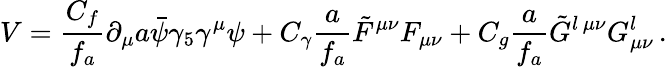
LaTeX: V=\frac{C_{f}}{f_{a}}\partial_{\mu}a\bar{\psi}\gamma_{5}\gamma^{\mu}\psi+C_{\gamma}\frac{a}{f_{a}}\tilde{F}^{\mu\nu}F_{\mu\nu}+C_{g}\frac{a}{f_{a}}\tilde{G}^{l\, \mu\nu}G_{\mu\nu}^{l}\, .